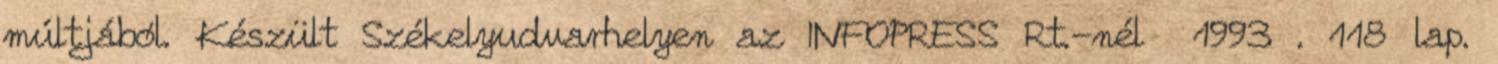
múltjából. Készült Székelyudvarhelyen az INFOPRESS Rt.-nél 1993 . 118 lap.